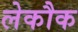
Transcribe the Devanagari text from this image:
लेकौक